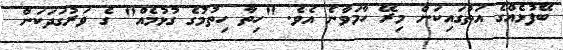
ބޭފުޅެއްގެ އަތުގައިކަން މިރޭ ހާމަވާނެ އެވެ. "ހިތާ ހިތުމުގެ ގުޅުމެއް" ގެ ވަރުގަދަކަން